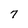
Character: 7